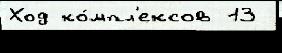
Ход ко́мпл'ексов 13